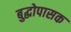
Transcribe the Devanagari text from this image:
बुद्धोपासक